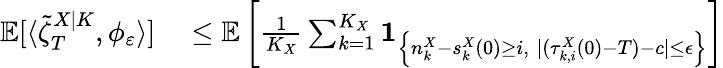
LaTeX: \begin{array}{rl}{\mathbb{E}[\langle\tilde{\zeta}_{T}^{X|K},\phi_{\varepsilon}\rangle]}&{{}\leq\mathbb{E}\left[\frac{1}{K_{X}}\sum_{k=1}^{K_{X}}\mathbf{1}_{\left\{ n_{k}^{X}-s_{k}^{X}(0)\geq i,\; |(\tau_{k,i}^{X}(0)-T)-c|\leq\epsilon\right\} }\right]}\end{array}